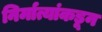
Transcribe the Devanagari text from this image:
निर्मात्यांकडून